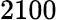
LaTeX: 2100